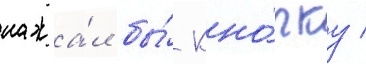
нажа́л бы́ кно́пку /